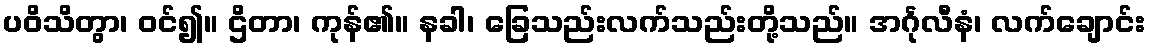
ပဝိသိတွာ၊ ဝင်၍။ ဌိတာ၊ ကုန်၏။ နခါ၊ ခြေသည်းလက်သည်းတို့သည်။ အင်္ဂုလီနံ၊ လက်ချောင်း